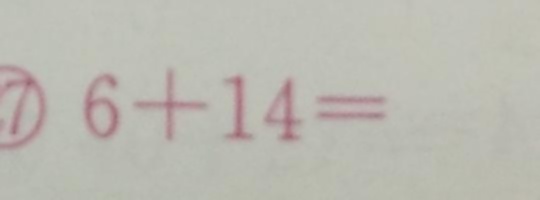
6 + 1 4 =